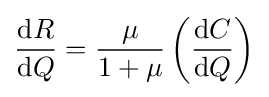
{\frac {{\text{d}}R}{{\text{d}}Q}}={\frac {\mu }{1+\mu }}\left({\frac {{\text{d}}C}{{\text{d}}Q}}\right)